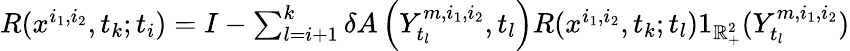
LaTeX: \begin{array}{r}{R(x^{i_{1},i_{2}},t_{k};t_{i})=I-\sum_{l=i+1}^{k}\delta A\left(Y_{t_{l}}^{m,i_{1},i_{2}},t_{l}\right)R(x^{i_{1},i_{2}},t_{k};t_{l})1_{\mathbb{R}_{+}^{2}}(Y_{t_{l}}^{m,i_{1},i_{2}})}\end{array}